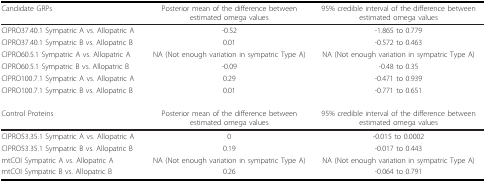
<table><thead><tr><td><b>Candidate GRPs</b></td><td><b>Posterior mean of the difference between estimated omega values</b></td><td><b>95% credible interval of the difference between estimated omega values</b></td></tr></thead><tbody><tr><td>CIPRO37.40.1 Sympatric A vs. Allopatric A</td><td>-0.52</td><td>-1.865 to 0.779</td></tr><tr><td>CIPRO37.40.1 Sympatric B vs. Allopatric B</td><td>0.01</td><td>-0.572 to 0.463</td></tr><tr><td>CIPRO60.5.1 Sympatric A vs. Allopatric A</td><td>NA (Not enough variation in sympatric Type A)</td><td>NA (Not enough variation in sympatric Type A)</td></tr><tr><td>CIPRO60.5.1 Sympatric B vs. Allopatric B</td><td>-0.09</td><td>-0.48 to 0.35</td></tr><tr><td>CIPRO100.7.1 Sympatric A vs. Allopatric A</td><td>0.29</td><td>-0.471 to 0.939</td></tr><tr><td>CIPRO100.7.1 Sympatric B vs. Allopatric B</td><td>0.01</td><td>-0.771 to 0.651</td></tr><tr><td>Control Proteins</td><td>Posterior mean of the difference between estimated omega values</td><td>95% credible interval of the difference between estimated omega values</td></tr><tr><td>CIPRO53.35.1 Sympatric A vs. Allopatric A</td><td>0</td><td>-0.015 to 0.0002</td></tr><tr><td>CIPRO53.35.1 Sympatric B vs. Allopatric B</td><td>0.19</td><td>-0.017 to 0.443</td></tr><tr><td>mtCOI Sympatric A vs. Allopatric A</td><td>NA (Not enough variation in sympatric Type A)</td><td>NA (Not enough variation in sympatric Type A)</td></tr><tr><td>mtCOI Sympatric B vs. Allopatric B</td><td>0.26</td><td>-0.064 to 0.791</td></tr></tbody></table>